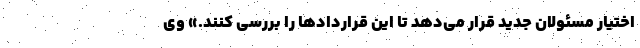
اختیار مسئولان جدید قرار می‌دهد تا این قراردادها را بررسی کنند.» وی